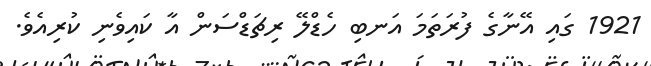
1921 ގައި އޭނާގެ ފުރަތަމަ އަނބި ހެޑްލޭ ރިޗަޑްސަން އާ ކައިވެނި ކުރިއެވެ.